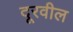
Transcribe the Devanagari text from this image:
दूरवील